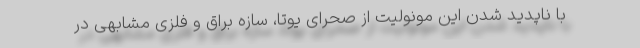
با ناپدید شدن این مونولیت از صحرای یوتا، سازه براق و فلزی مشابهی در